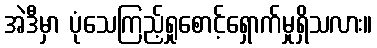
အဲဒီမှာ ပုံသေကြည့်ရှုစောင့်ရှောက်မှုရှိသလား။